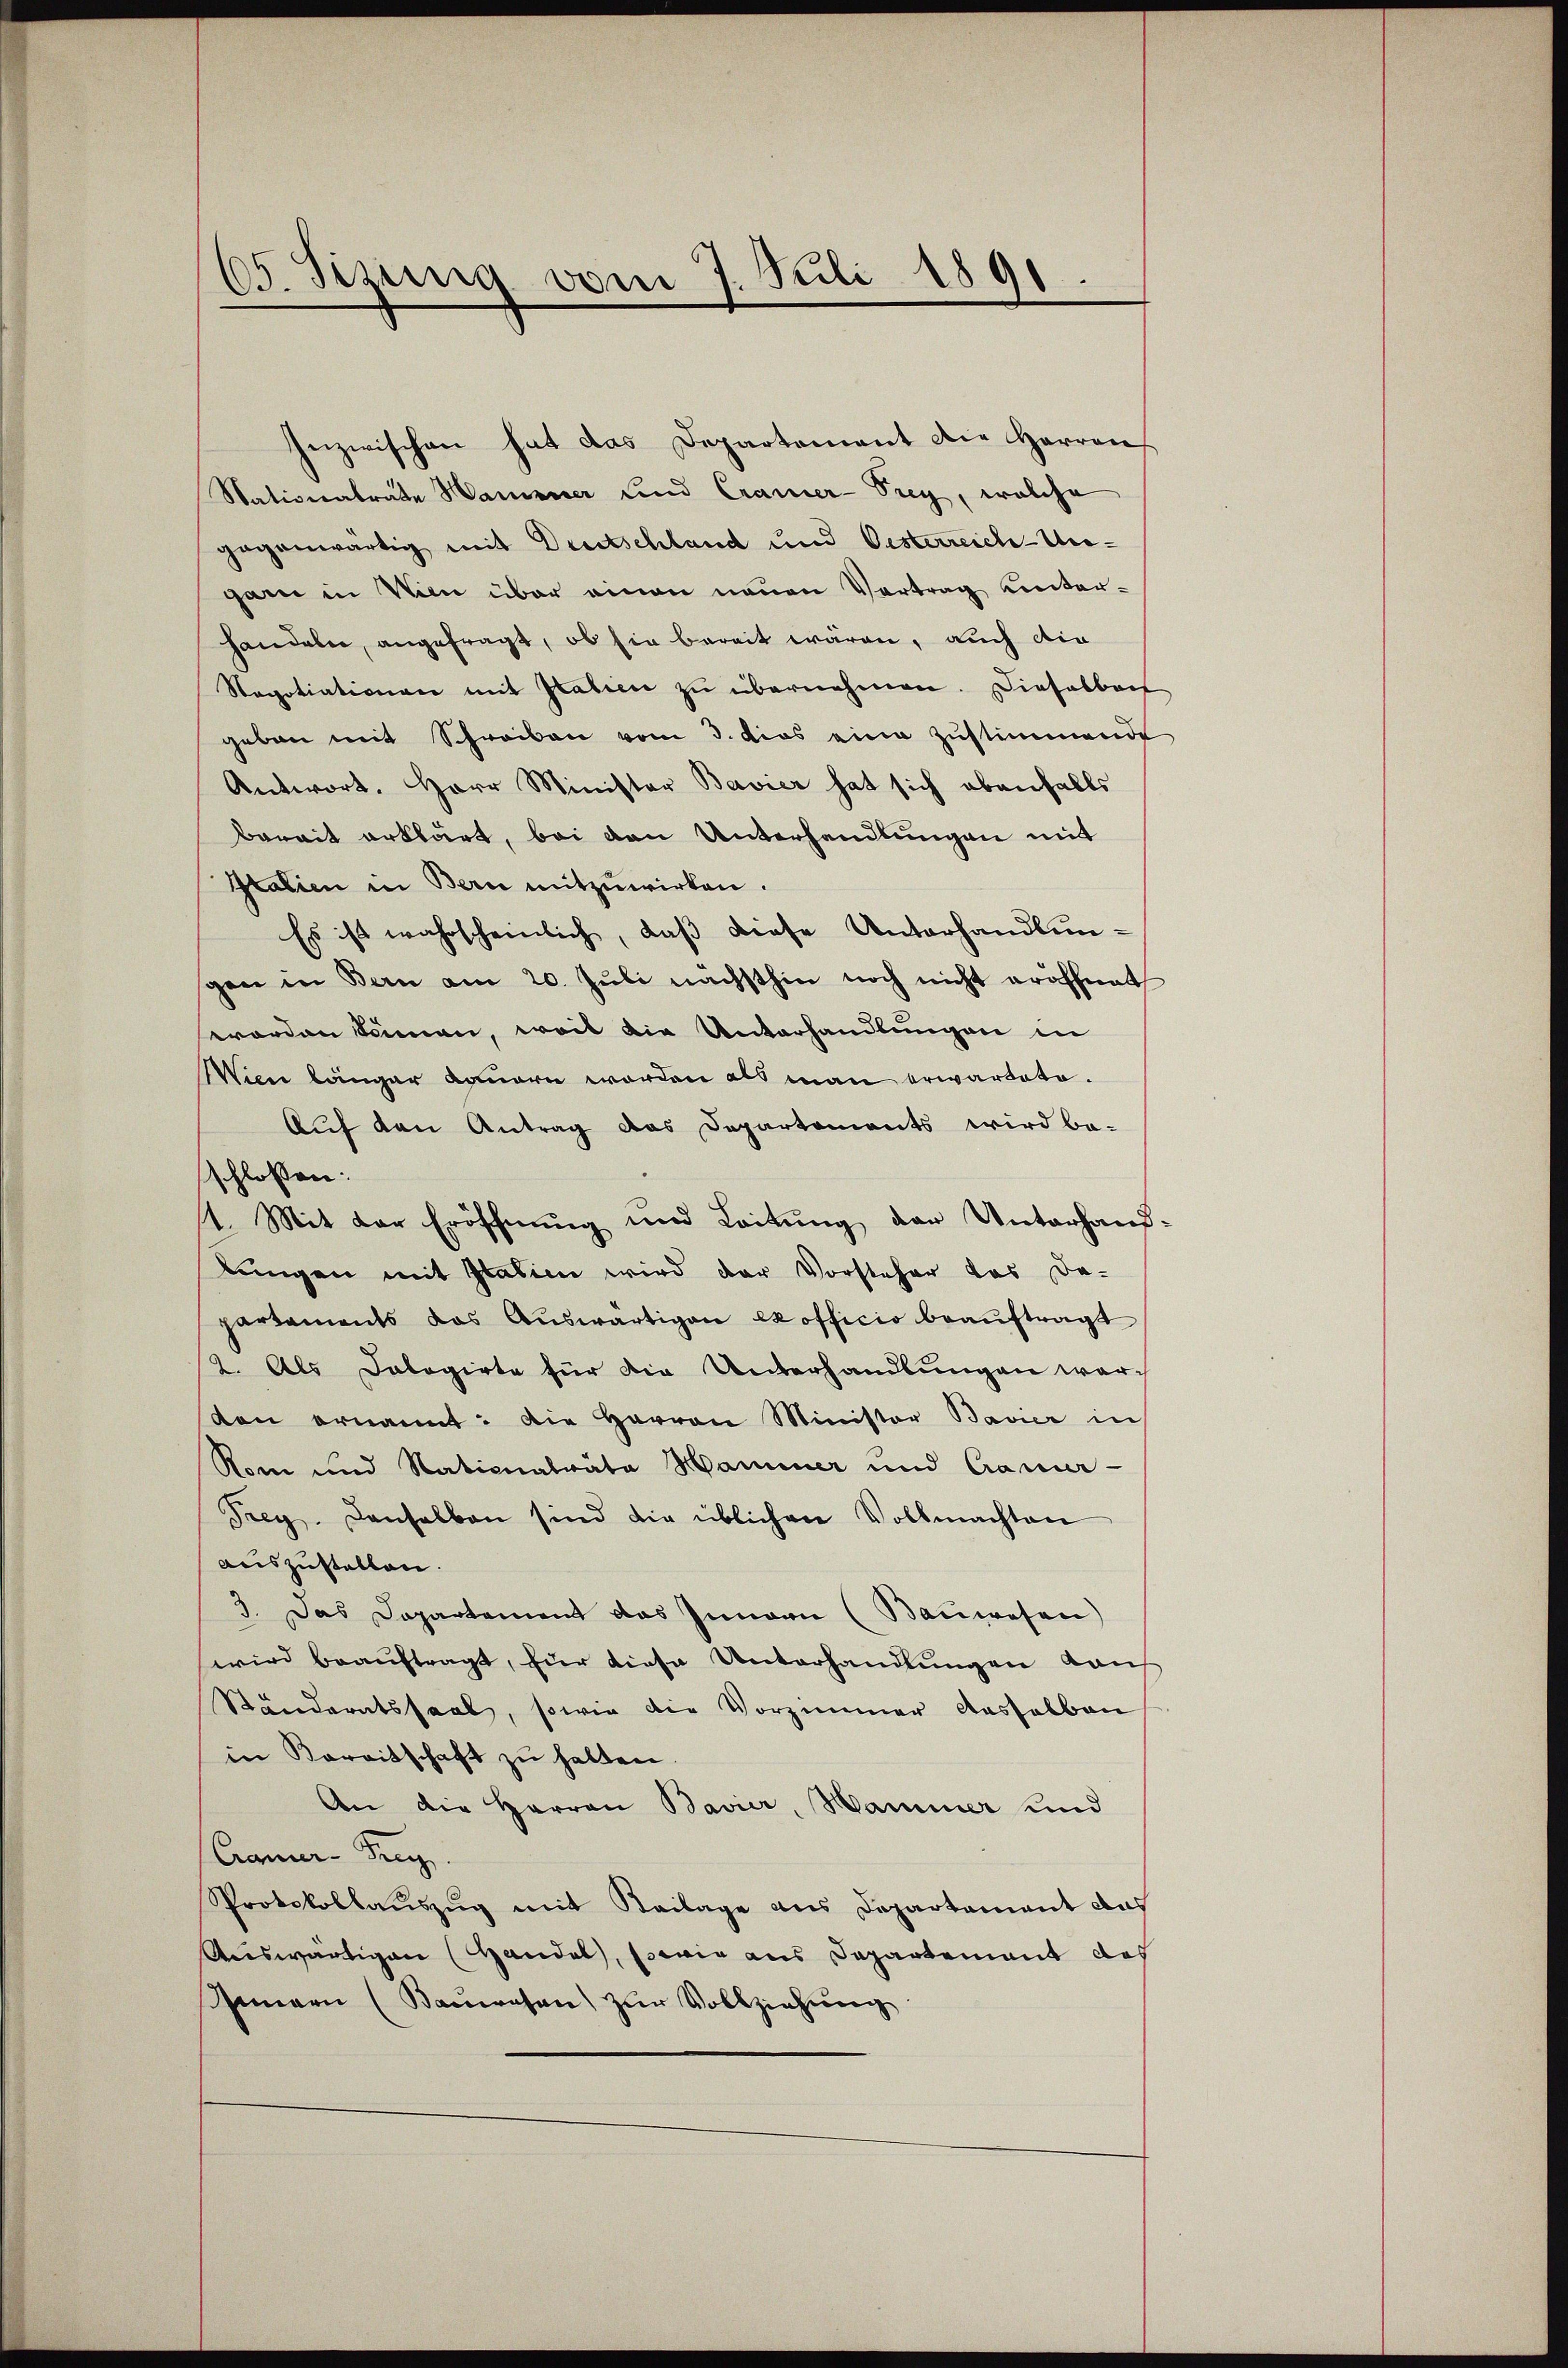
Nationalrate Hamerer und Cramer-Prey, welche
handeln, angefragt, ob sie bereit wären, auch die
Stapotiationen mit Pabien zu übernehmen. Dieselbers
geben mit Schreiben vom 3. dies eine Zustimmend
Antwort. Herr Minister Bavier hat sich ebenfalls
berait erklärt, bei den Unterhandlungen mit
Italien in Bern mitzuwirken.
Es ist wahrscheinlich, daß diese Unterhandlungen in Bern am 20. Jŭli nächsthin noch nicht eröffnet
worden können, weil die Unterhandlungen in
Wien länger kommern worden als man erwartete.
Auf den Antrag das Departements wird be-
schlossen:
1. Mit der Eröffnung und Leitung der Unterhand
lungen mit Italien wird der Vorsteher das De-
partaments das Auswärtigen ex officio beauftragt
2. Als Delegirte für die Unterhandlungen warsten ernannt: Die Herren Minister Bavier in
Rom und Nationalräte Hammer und Camer-
Trey. Denselben sind die üblichen Vollmachten
auszustellen.
3. Das Departement das Innern (Bauwesen)
wird beauftragt, für diese Unterhandlungen Kauf
Ständeratssaal, sowie die Vorzimmer dasselben
in Bereitschaft zu halten
An die Herren Bavier, Hammer und
Caner-Seeg
Protokollaŭszŭg mit Beilage aus Departament aus
Auswärtigen Handel, sowie aus Departement doch
Innern (Baŭwesen zŭr Vollziehŭng

d. Sizung vom 7. Juli 1891
-

Inzwischen hat das Departement die Herren
gegenwärtig mit Deutschland und Oesterreich-Ungaen in Wien über einen neuen Vertrag unter-